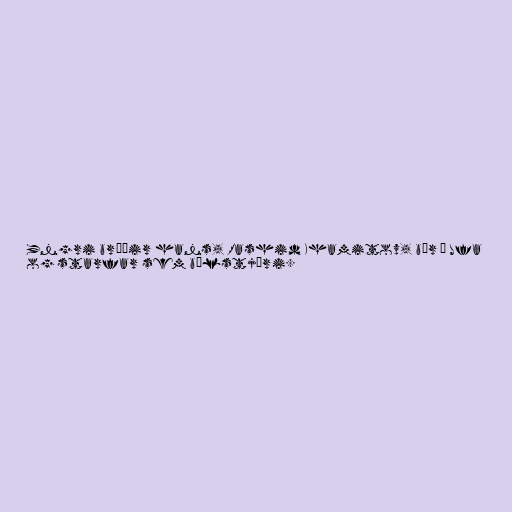
Yngri bróðir hans, Rashid Khamitov, býr í Ufa
og starfar sem bílstjóri.